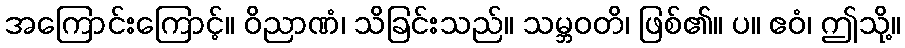
အကြောင်းကြောင့်။ ဝိညာဏံ၊ သိခြင်းသည်။ သမ္ဘဝတိ၊ ဖြစ်၏။ ပ။ ဧဝံ၊ ဤသို့။